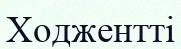
Ходжентті